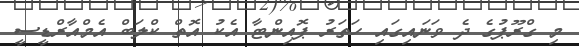
މި ގްރޫޕުގެ ދެ ވަނައިގައި ހަތަރު ޕޮއިންޓާ އެކު އޮތް ކްލަބް އެމްއާރްޑީސީ